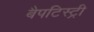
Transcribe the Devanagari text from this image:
बैपटिस्ट्री